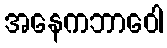
အနေကဘာဝေါ